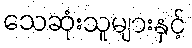
သေဆုံးသူများနှင့်